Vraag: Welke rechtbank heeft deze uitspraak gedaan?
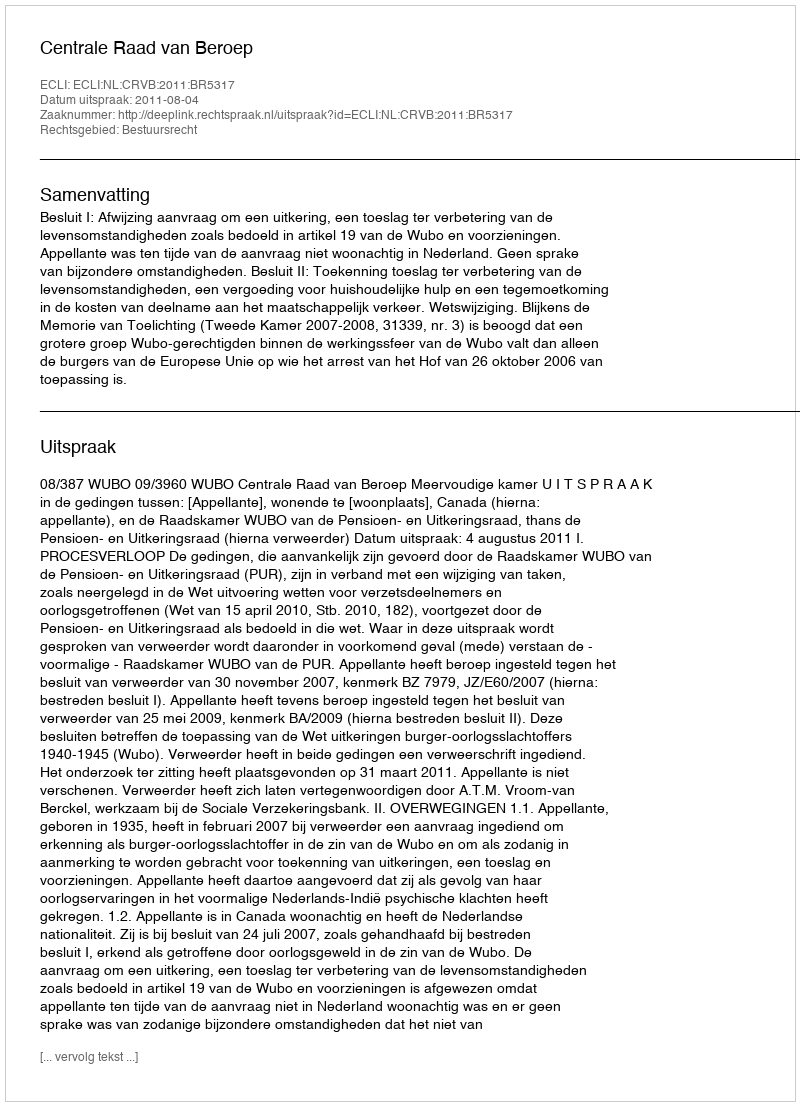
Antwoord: Centrale Raad van Beroep